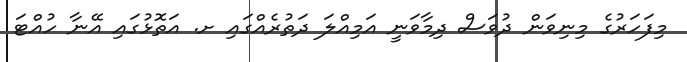
މިފަހަރުގެ މިނިވަން ދުވަސް ދިމާވަނީ އަމިއްލަ ދަތުރެއްގައި ށ. އަތޮޅުގައި އޭނާ ހުއްޓަ